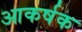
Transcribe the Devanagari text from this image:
आकर्षक